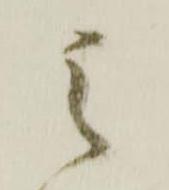
之